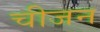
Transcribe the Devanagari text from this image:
चीजन